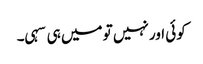
کوئی اور نہیں تو میں ہی سہی۔